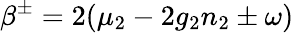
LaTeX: \beta^{\pm}=2(\mu_{2}-2g_{2}n_{2}\pm\omega)